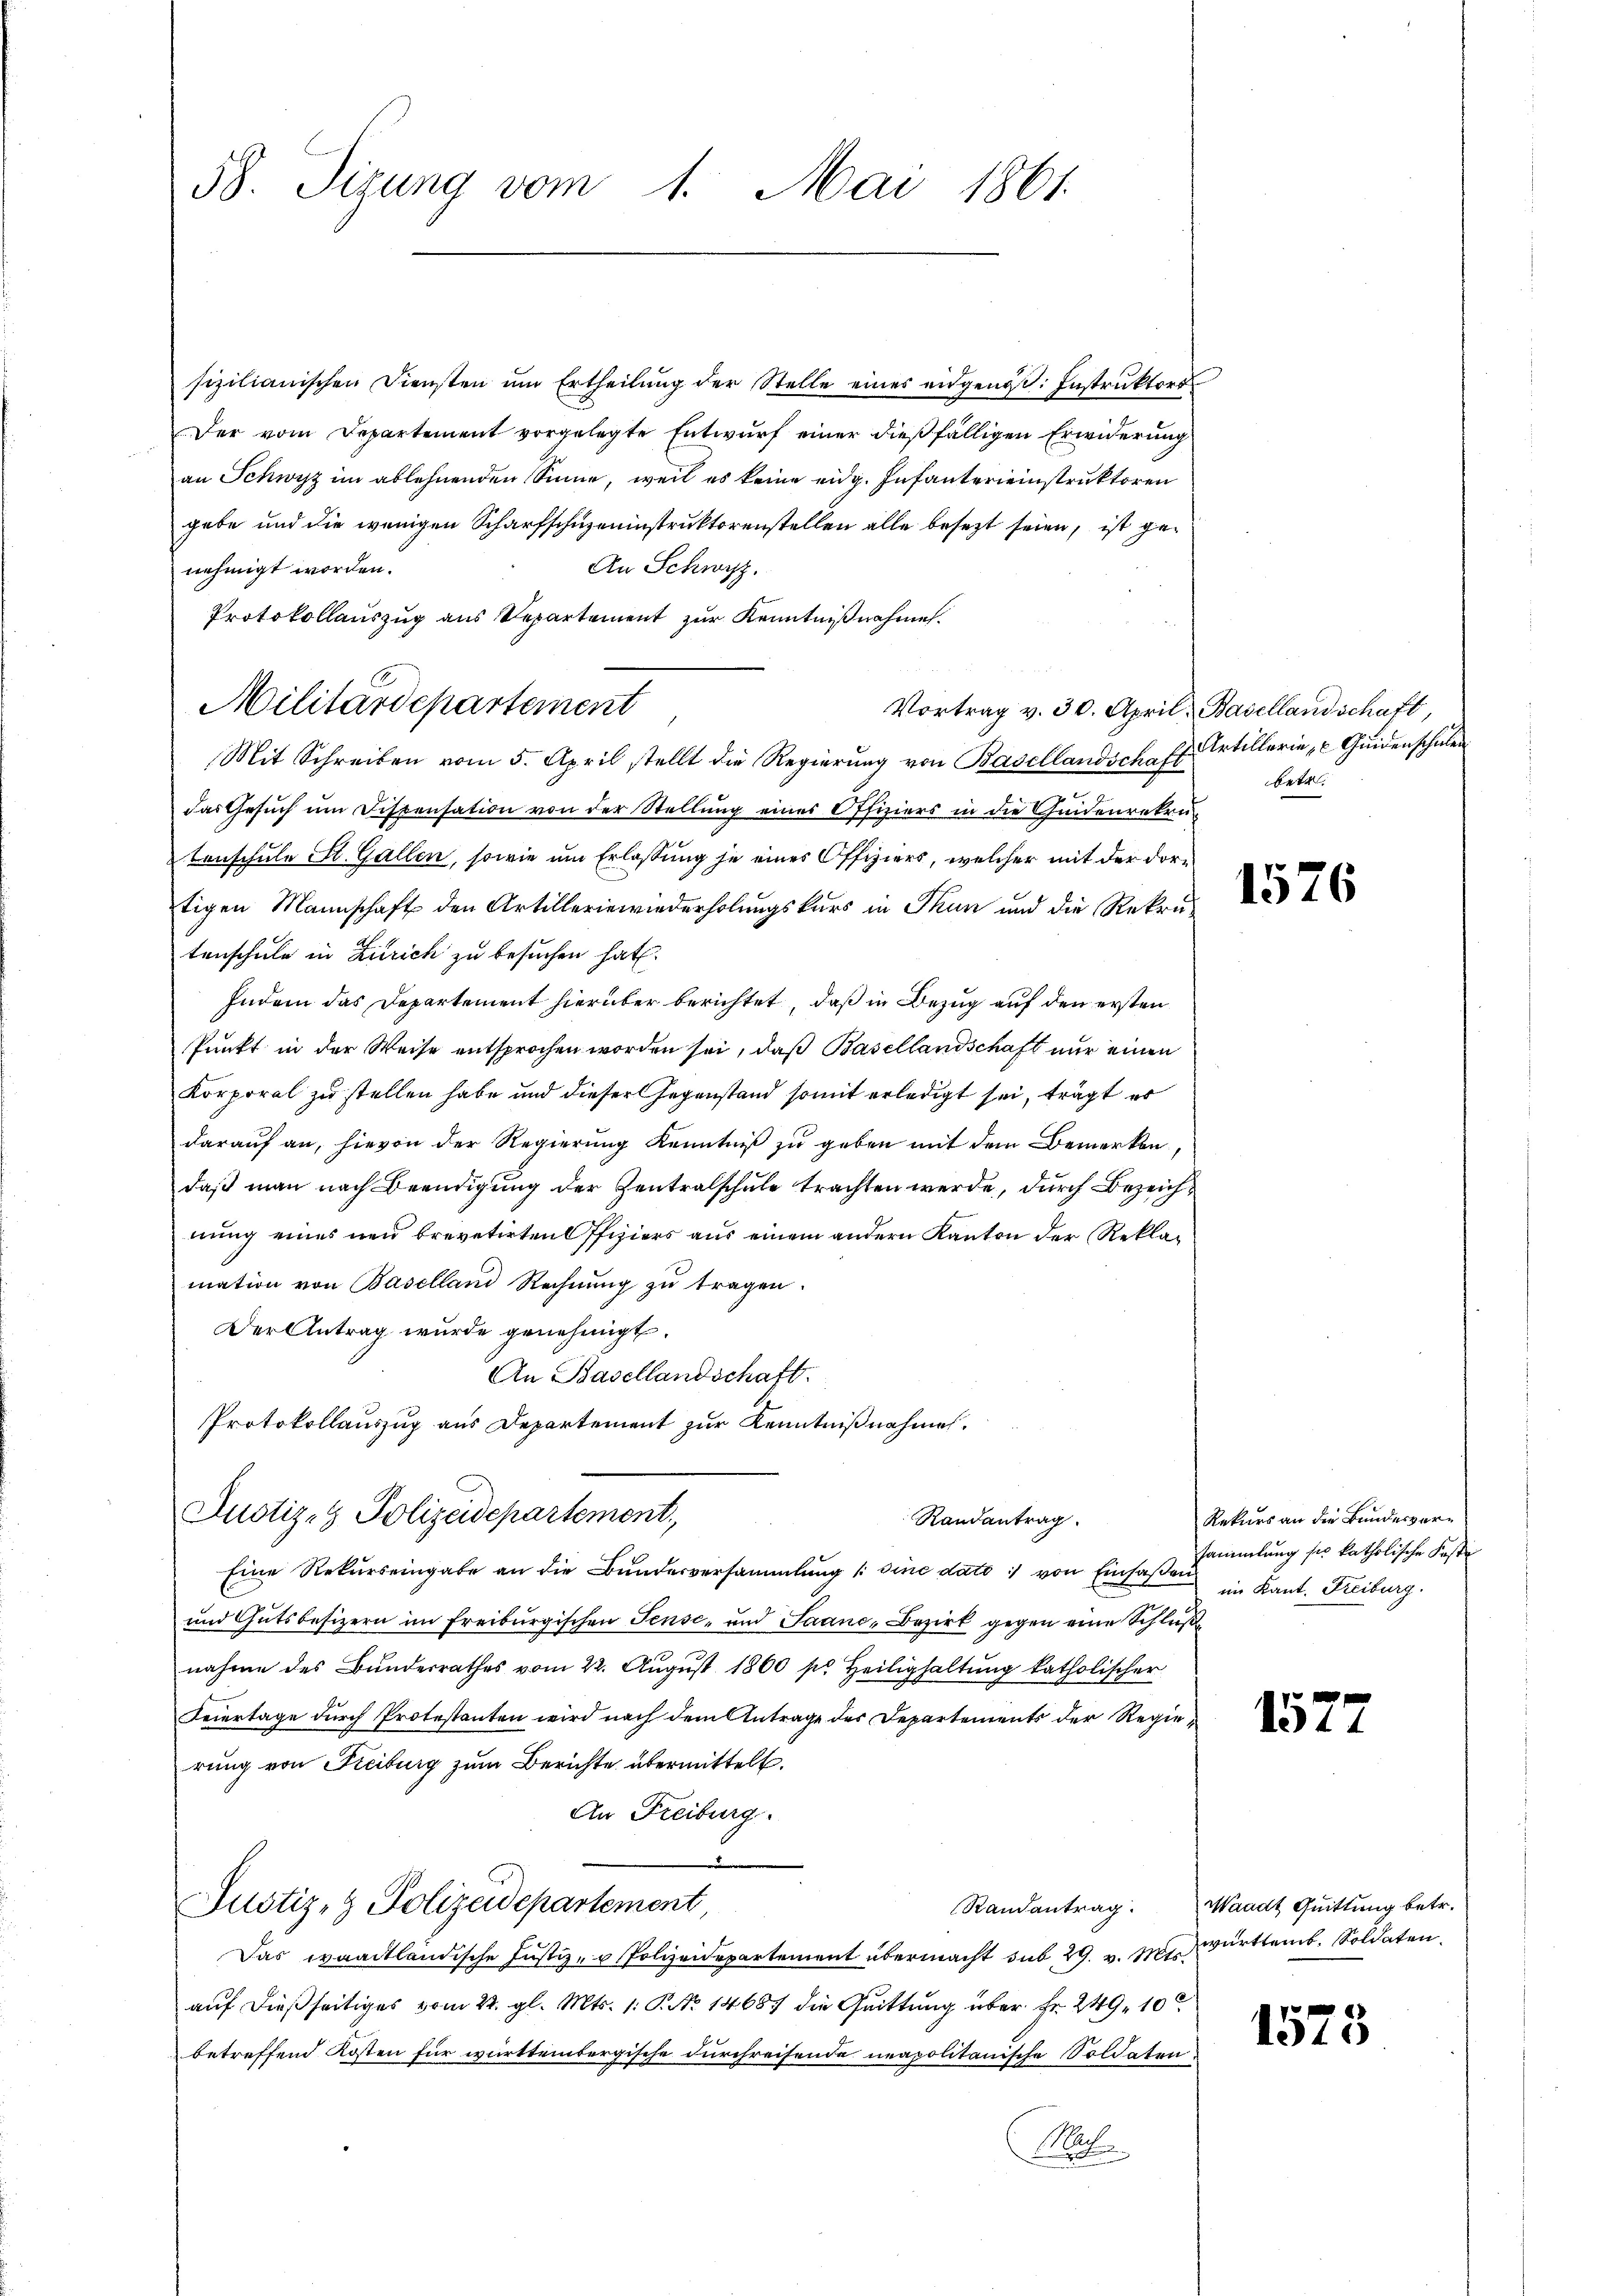
sizilianischen Diensten ŭm Ertheilŭng der Stelle eines eidgenöβ: Instrŭktors
Der vom Departement vorgelegte Entwurf einer dießfälligen Erwiderung
an Schwyz im ablehnenden Sinne, weil es keine eidg. Infanterieinstruktoren
gebe und die wenigen Scharfschuzeninstruktorenstellen alle besezt seien, ist ge¬
An Schwyz.
nehmigt worden.
Protokollauszug aus Repartement zur Kenntnißnahme.
Vortrag v. 30. April, Basellandschaft,
das Gesuch um Dispensation von der Stellung eines Offiziers in die Quidenrekrutenschule St. Gallen, sowie um Erlaßung je eines Offiziers, welcher mit der dortigen Mannschaft den Artilleriewiederholungskurs in Thun und die Rekru-
tenschule in Zürich zu besuchen hat.
Indem das Departement hierüber berichtet, daß in Bezug auf den ersten
Punkt in der Weise entsprochen worden sei, daß Basellandschaft nur einen
Korporal zu stellen habe und dieser Gegenstand somit erledigt sei, trägt es
darauf an, hievon der Regierung Kenntniß zu geben mit dem Bemerken,
daß man nach Beendigung der Zentralschule trachten werde, durch Bezeichnung eines neu brevetirten Offiziers aus einem andern Kanton der Reklamation von Baselland Rechnŭng zŭ tragen.
Der Antrag wurde genehmigt.
An Basellandschaft.
Protokollauszug aus Departement zŭr Kenntniβnahmen.
Justiz- & Polizeidepartement,
Randantrag.
Eine Rekŭrseingabe an die Bŭndesversammlung /: sine dato 1) von Einhaβ Kammlung sie katholische Koste
und Gutsbesizern im Freiburgischen Sense- und Saanc, Bezirk gegen eine Schluß
nahme des Bundesrathes vom 22. Aŭgŭst 1860 pr. Heilighaltŭng katholischer
Feiertage durch Protestanten wird nach dem Antrage des Departements der Regierung von Freiburg zum Berichte übermittelt.
An Freiburg.
Justiz- & Polizeidepartement
Randantrag.
Das waadtländische Justiz- u Polizeidepartement übermacht sub 29. v. M. württemb. Soldaten.
auf dießseitiges vom 22. gl. Mts. 1. P. No 14667 die Grittung über Fr. 249, 10
betreffend Kosten für württembergische durchreisende neapolitanische Soldaten
Mach

58. Sizung vom 1. Mai 1861.

Militärdepartement
Mit Schreiben vom 5. April stellt die Regierŭng von Basellandschaft Artillerie, Guidenschulen

betr.

1576

Rekurs an die Bundesverim Kant. Freiburg.

152

Waadt Quittung betr.

1575